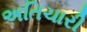
અતિચારી